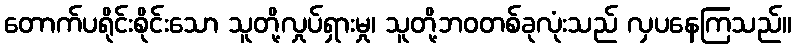
တောက်ပရိုင်းစိုင်းသော သူတို့လှုပ်ရှားမှု၊ သူတို့ဘဝတစ်ခုလုံးသည် လှပနေကြသည်။